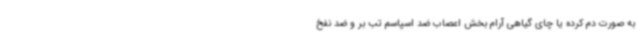
به صورت دم کرده یا چای گیاهی آرام بخش اعصاب ضد اسپاسم تب بر و ضد نفخ